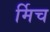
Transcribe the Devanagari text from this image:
र्मिच